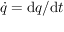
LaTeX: { \dot { q } } = \mathrm { d } q / \mathrm { d } t